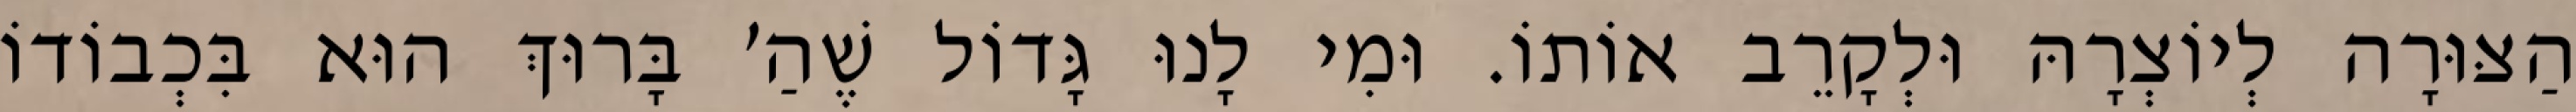
הַצּוּרָה לְיוֹצְרָהּ וּלְקָרֵב אוֹתוֹ. וּמִי לָנוּ גָּדוֹל שֶׁהַ׳ בָּרוּךְ הוּא בִּכְבוֹדוֹ